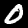
Digit: 0